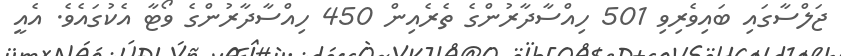
ޖަލްސާގައި ބައިވެރިވި 501 ހިއްސާދާރުންގެ ތެރެއިން 450 ހިއްސާދާރުންގެ ވޯޓާ އެކުގައެވެ. އެއީ